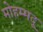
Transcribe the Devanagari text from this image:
मोहम्मदू